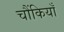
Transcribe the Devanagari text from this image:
चौंकियाँ